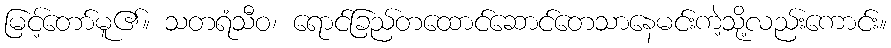
မြင့်တော်မူ၏။ သတရံသီဝ၊ ရောင်ခြည်တထောင်ဆောင်တေသာနေမင်းကဲ့သို့လည်းကောင်း။